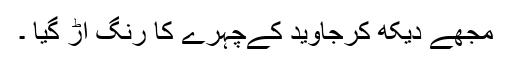
مجھے دیکھ کرجاوید کےچہرے کا رنگ اُڑ گیا ۔